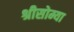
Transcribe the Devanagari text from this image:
श्रीसोम्या